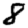
Digit: 8